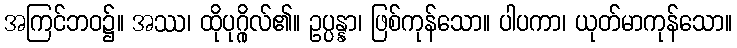
အကြင်ဘဝ၌။ အဿ၊ ထိုပုဂ္ဂိုလ်၏။ ဥပ္ပန္နာ၊ ဖြစ်ကုန်သော။ ပါပကာ၊ ယုတ်မာကုန်သော။